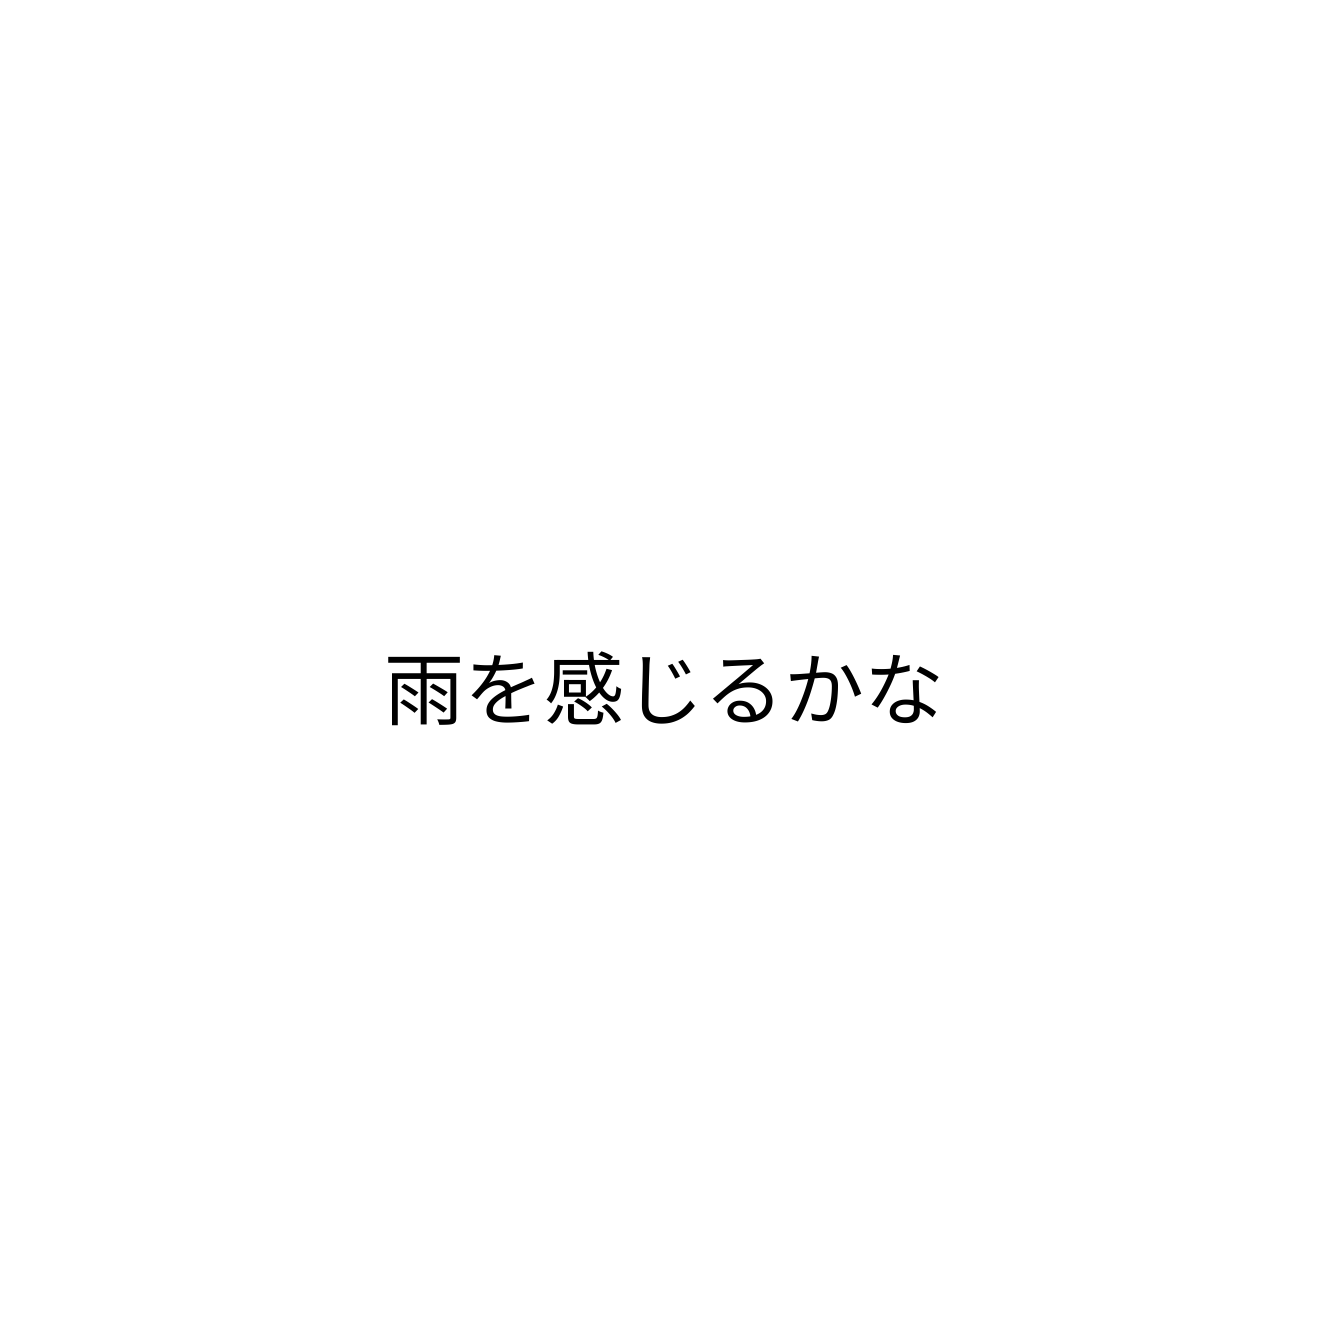
雨を感じるかな